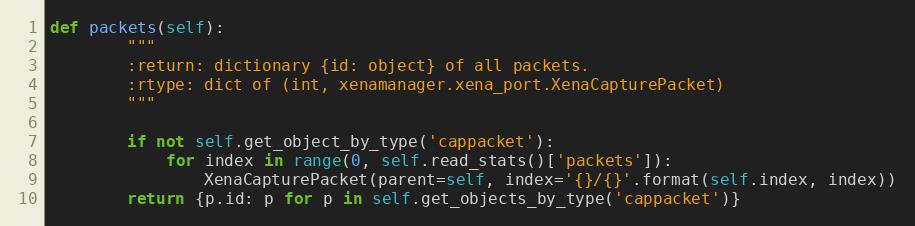
Language: Python
def packets(self):
        """
        :return: dictionary {id: object} of all packets.
        :rtype: dict of (int, xenamanager.xena_port.XenaCapturePacket)
        """

        if not self.get_object_by_type('cappacket'):
            for index in range(0, self.read_stats()['packets']):
                XenaCapturePacket(parent=self, index='{}/{}'.format(self.index, index))
        return {p.id: p for p in self.get_objects_by_type('cappacket')}